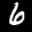
Label: 6